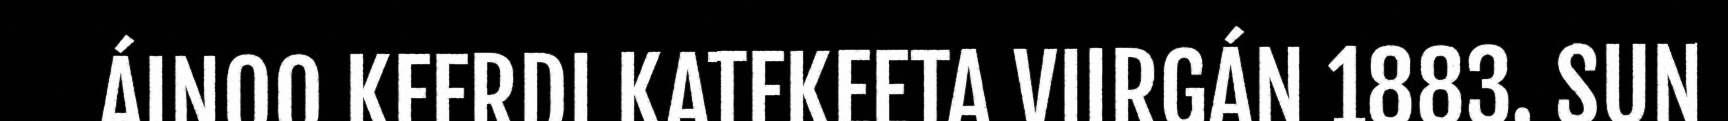
ÁINOO KEERDI KATEKEETA VIIRGÁN 1883. SUN